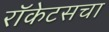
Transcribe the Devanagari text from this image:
रॉकेटसचा